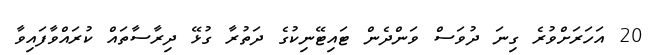
20 އަހަރަށްވުރެ ގިނަ ދުވަސް ވަންދެން ޓައިޓޭނިކުގެ ދަތުރާ ގުޅޭ ދިރާސާތައް ކުރައްވާފައިވާ